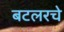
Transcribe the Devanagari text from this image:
बटलरचे